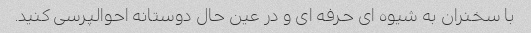
با سخنران به شیوه ای حرفه ای و در عین حال دوستانه احوالپرسی کنید.